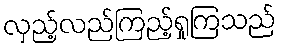
လှည့်လည်ကြည့်ရှုကြသည်